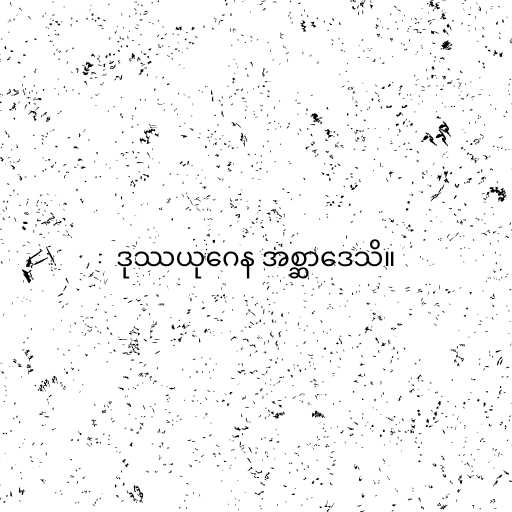
ဒုဿယုဂေန အစ္ဆာဒေသိ။